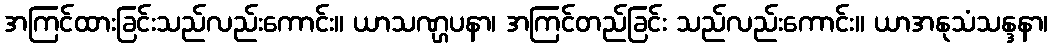
အကြင်ထားခြင်းသည်လည်းကောင်း။ ယာသဏ္ဌပနာ၊ အကြင်တည်ခြင်း သည်လည်းကောင်း။ ယာအနုသံသန္ဒနာ၊